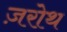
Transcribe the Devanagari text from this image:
ज़रोथ